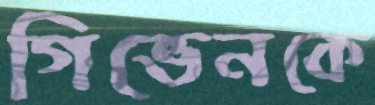
গিভেনকে